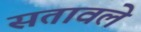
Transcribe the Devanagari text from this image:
सतावले